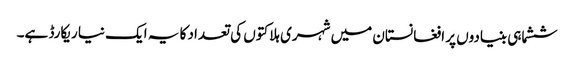
ششماہی بنیادوں پر افغانستان میں شہری ہلاکتوں کی تعداد کا یہ ایک نیا ریکارڈ ہے۔